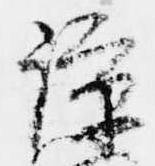
諒